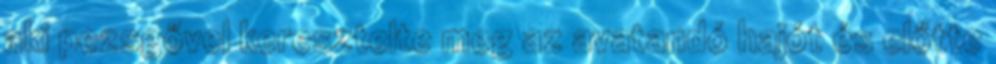
aki pezsgővel keresztelte meg az avatandó hajót és előtte